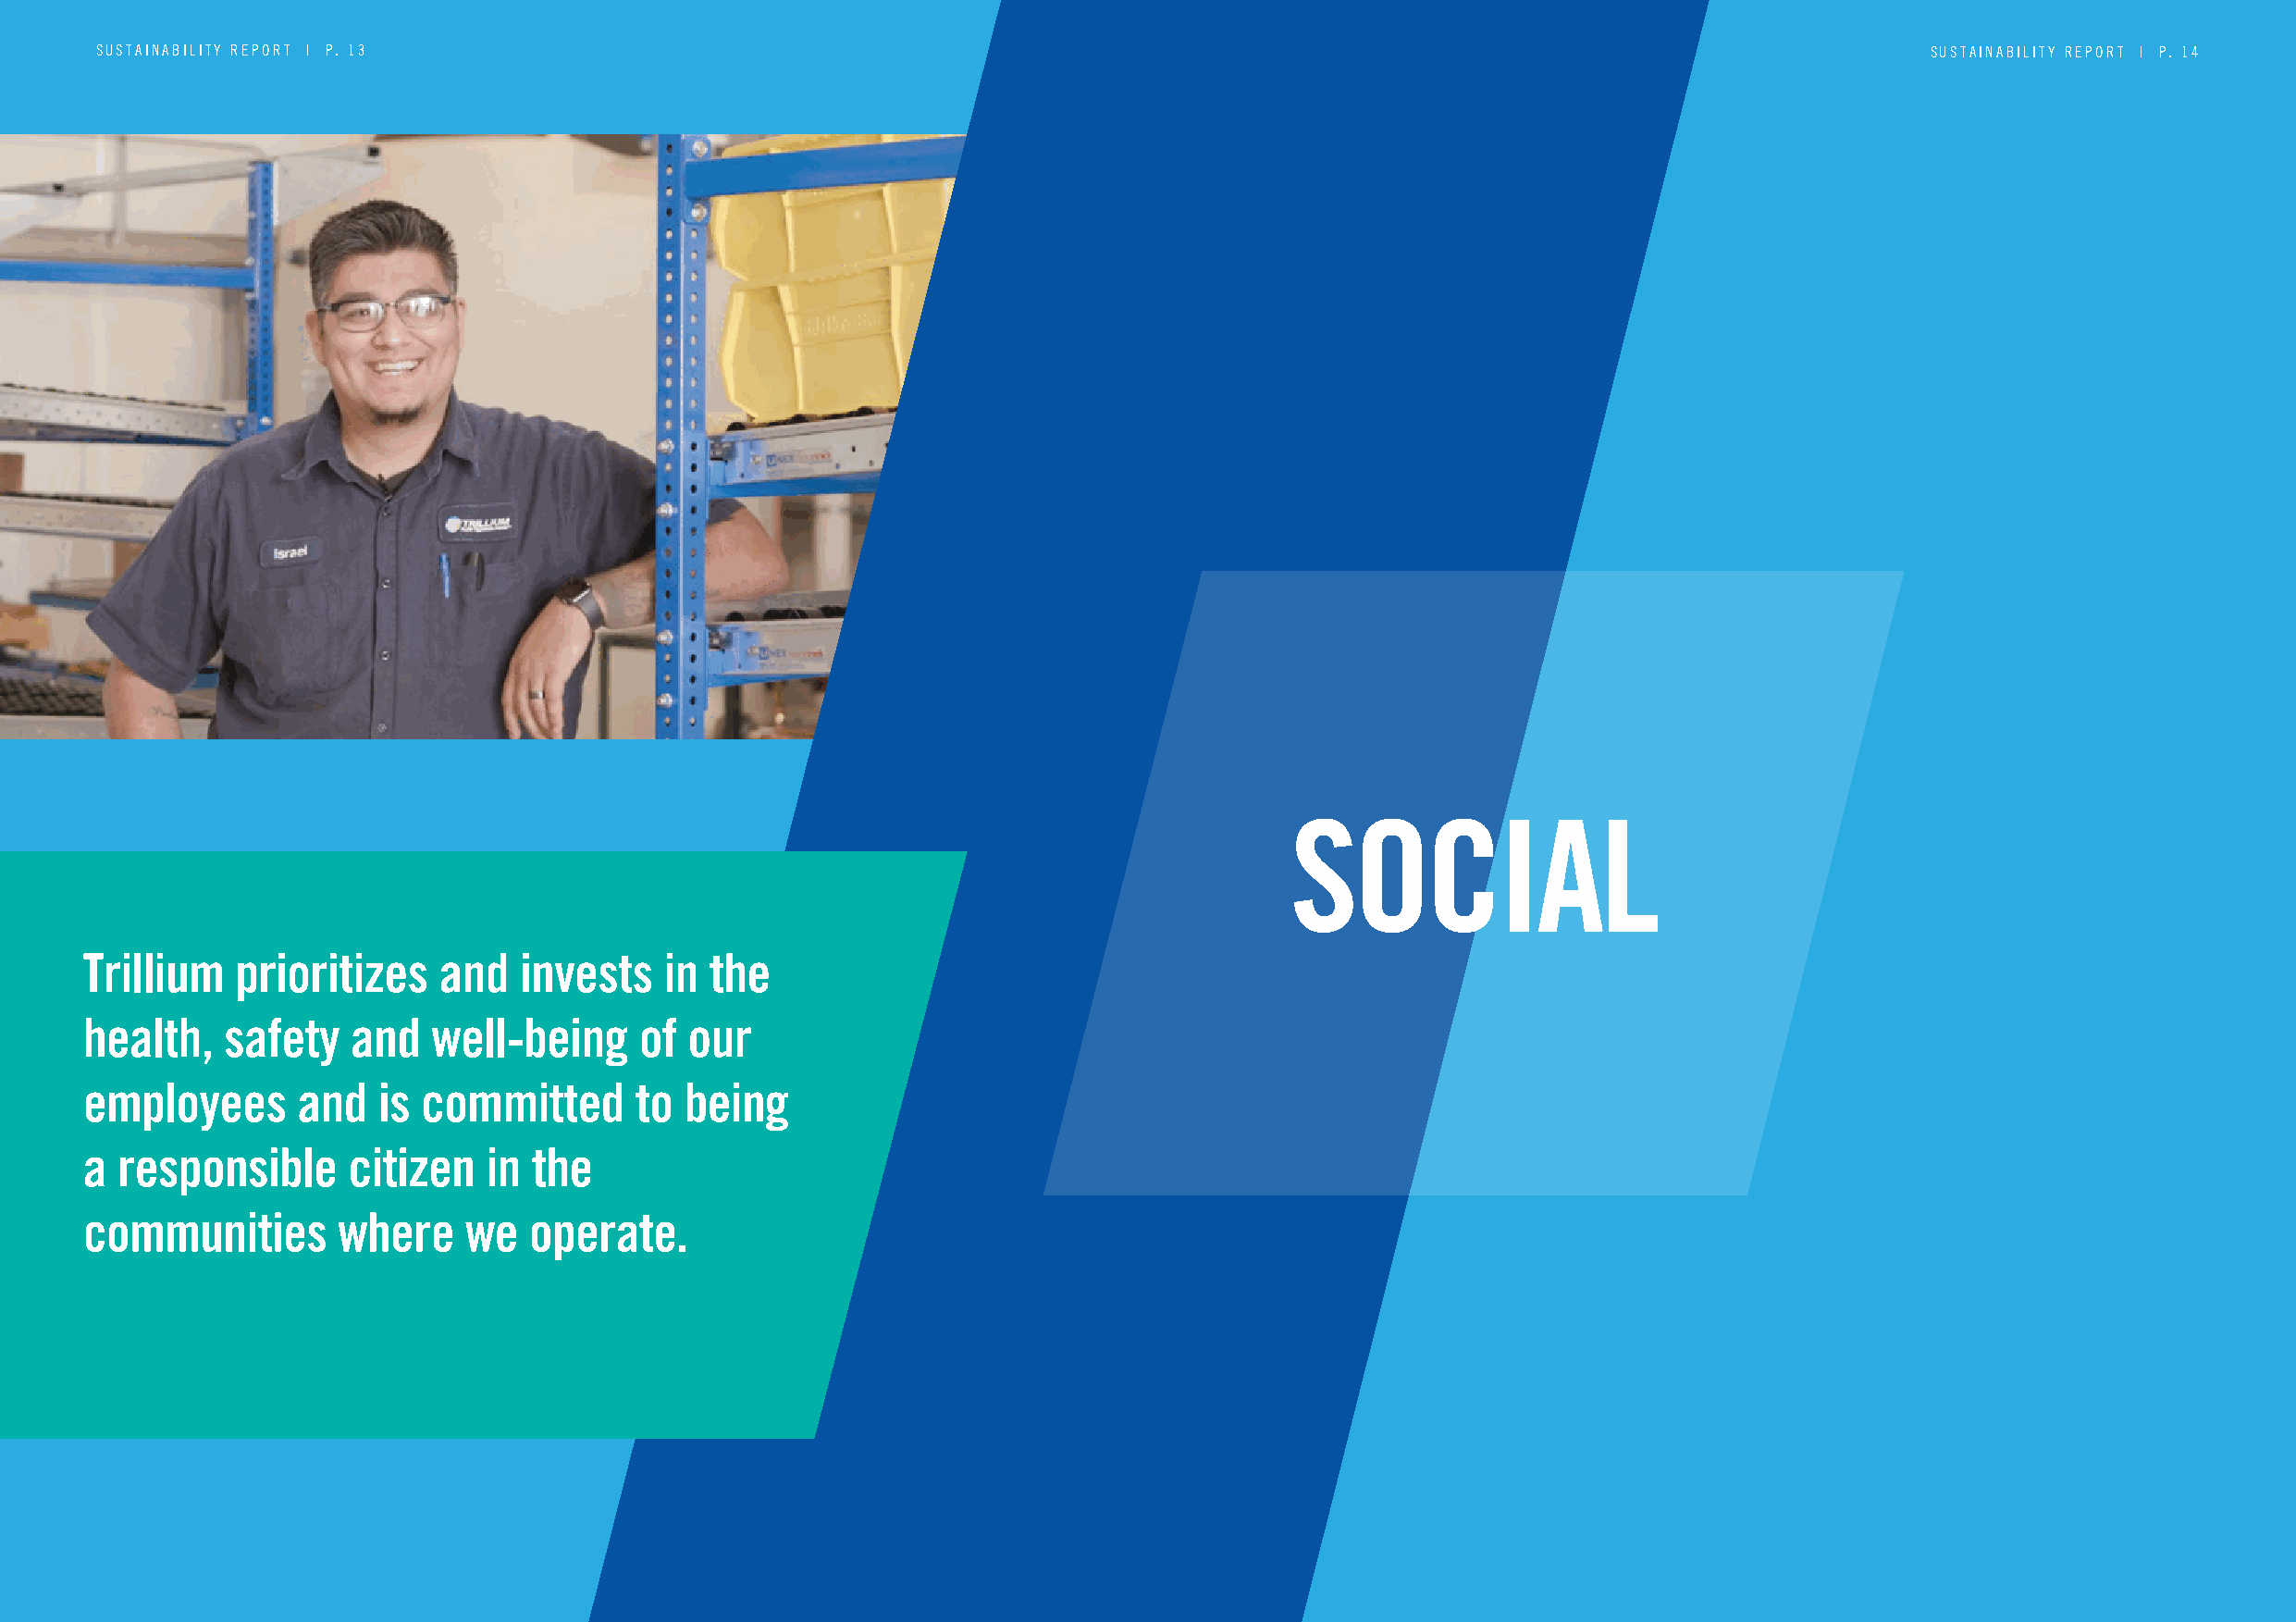
SSUUSSTTAAIINNAABBIILLIITTYY RREEPPOORRTT || PP .. 0103                                                                            SSUUSSTTAAIINNAABBIILLIITTYY RREEPPOORRTT || PP .. 0104
 SSOOCCIIAALL
 Trillium   prioritizes   and   invests   in  the
 health,   safety   and   well-being     of our
 “Trillium  prioritizes and invests  in the health,
 employees      and   is committed      to  being
 safety and  well-being  of our employees    and
 a responsible      citizen   in the
 is committed   to being a responsible   citizen
 communities       where    we   operate.
 in the communities   where   we  operate.”